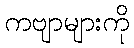
ကဗျာများကို